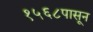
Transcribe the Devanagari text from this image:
१५६८पासून